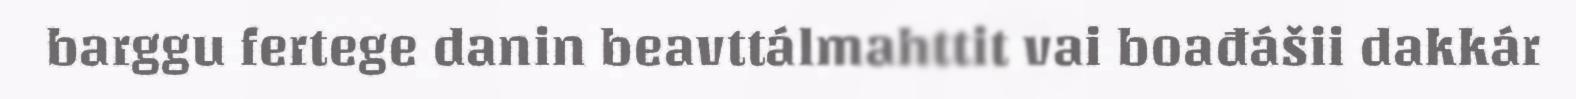
barggu fertege danin beavttálmahttit vai boađášii dakkár